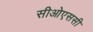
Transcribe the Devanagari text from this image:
सीओएससी